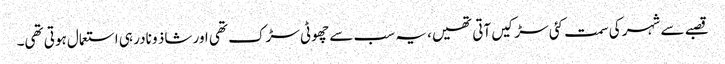
قصبے سے شہر کی سمت کئی سڑکیں آتی تھیں، یہ سب سے چھوٹی سڑک تھی اور شاذ و نادر ہی استعمال ہوتی تھی۔